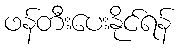
ဖန်တီးပေးနိုင်ရန်